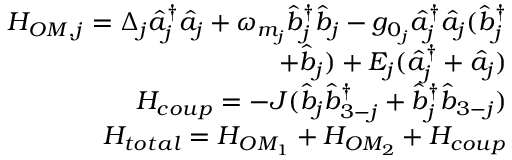
\begin{array} { r } { H _ { O M , j } = \Delta _ { j } \hat { a } _ { j } ^ { \dagger } \hat { a } _ { j } + \omega _ { m _ { j } } \hat { b } _ { j } ^ { \dagger } \hat { b } _ { j } - g _ { 0 _ { j } } \hat { a } _ { j } ^ { \dagger } \hat { a } _ { j } ( \hat { b } _ { j } ^ { \dagger } } \\ { + \hat { b } _ { j } ) + E _ { j } ( \hat { a } _ { j } ^ { \dagger } + \hat { a } _ { j } ) } \\ { H _ { c o u p } = - J ( \hat { b } _ { j } \hat { b } _ { 3 - j } ^ { \dagger } + \hat { b } _ { j } ^ { \dagger } \hat { b } _ { 3 - j } ) } \\ { H _ { t o t a l } = H _ { O M _ { 1 } } + H _ { O M _ { 2 } } + H _ { c o u p } } \end{array}